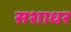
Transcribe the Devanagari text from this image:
सशाधर